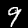
Label: 9